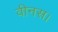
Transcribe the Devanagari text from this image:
वीनस।